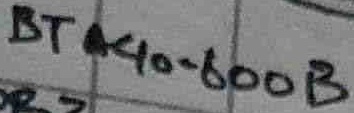
Text: BTA40-600B